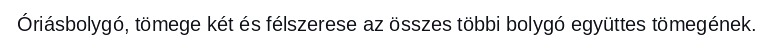
Óriásbolygó, tömege két és félszerese az összes többi bolygó együttes tömegének.